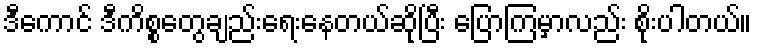
ဒီကောင် ဒီကိစ္စတွေချည်းရေးနေတယ်ဆိုပြီး ပြောကြမှာလည်း စိုးပါတယ်။